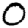
Digit: 0